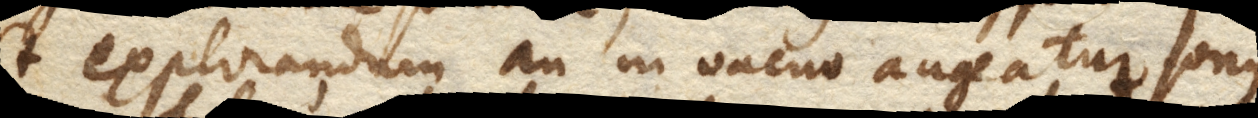
(+ Explorandum an in vacuo augeatur sonus